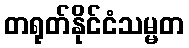
တရုတ်နိုင်ငံသမ္မတ